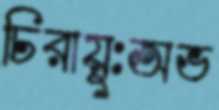
চিরায়ুঃঅভ